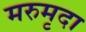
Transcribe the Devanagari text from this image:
मरुमृदा